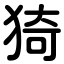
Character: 猗